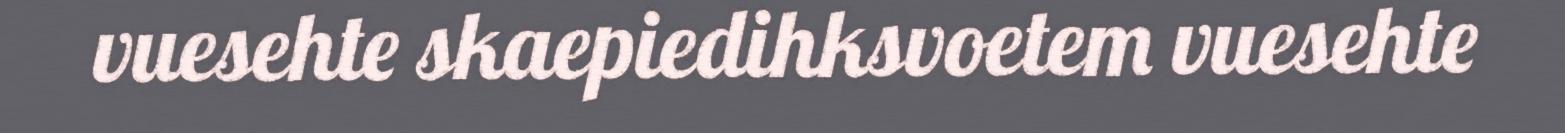
vuesehte skaepiedihksvoetem vuesehte